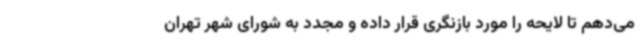
می‌دهم تا لایحه را مورد بازنگری قرار داده و مجدد به شورای شهر تهران